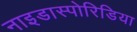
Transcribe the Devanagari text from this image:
नाइडास्पोरिडिया